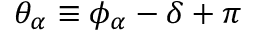
\theta _ { \alpha } \equiv \phi _ { \alpha } - \delta + \pi